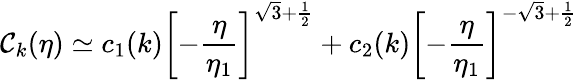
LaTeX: {\cal C}_{k}(\eta)\simeq c_{1}(k)\biggl[-\frac{\eta}{\eta_{1}}\biggr]^{\sqrt{3}+\frac{1}{2}}+c_{2}(k)\biggl[-\frac{\eta}{\eta_{1}}\biggr]^{-\sqrt{3}+\frac{1}{2}}